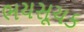
ભયસૂચક